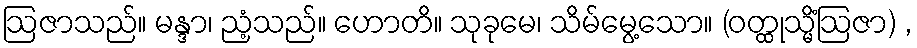
ဩဇာသည်။ မန္ဒာ၊ ညံ့သည်။ ဟောတိ။ သုခုမေ၊ သိမ်မွေ့သော။ (ဝတ္ထုသ္မိံဩဇာ) ,